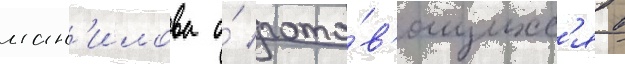
ман'илова о́ гото́в'ящихс'я в